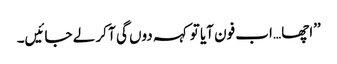
’’اچھا …اب فون آیا تو کہہ دوں گی آ کر لے جائیں۔